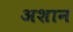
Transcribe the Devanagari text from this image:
अशान